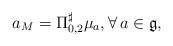
LaTeX: \begin{align*}a_{M}=\Pi_{0,2}^{\sharp} \mu_{a} ,\forall\,a\in\mathfrak{g},\end{align*}